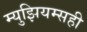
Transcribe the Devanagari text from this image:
म्युझियम्सही